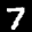
Label: 7